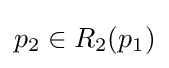
p_{2}\in R_{2}(p_{1})